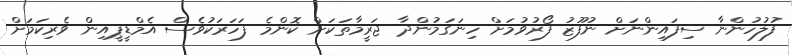
ފުލުހުންނާ ސިފައިންނަށް ނުފޫޒު ފޯރުވުމަށް ހިނަގަމުންދާ ޖަރީމާތަކަށް ކޮންމެ ފަހަރަކުވެސް އެމްޑީޕީއިން ވެރިކަމަށް